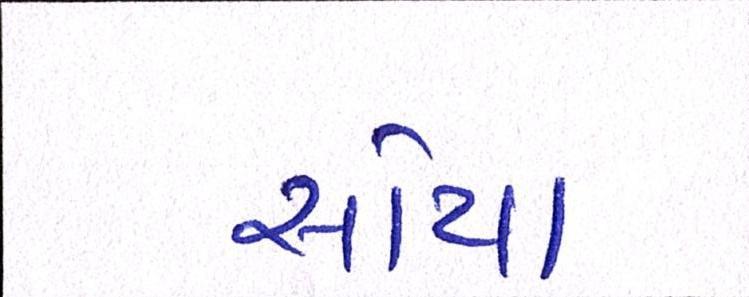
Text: સોયા